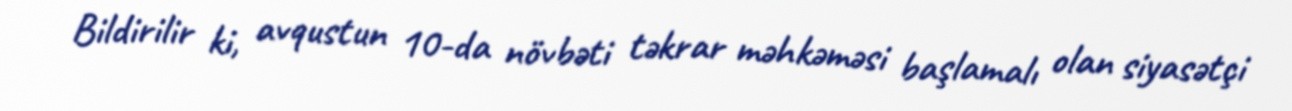
Bildirilir ki, avqustun 10-da növbəti təkrar məhkəməsi başlamalı olan siyasətçi